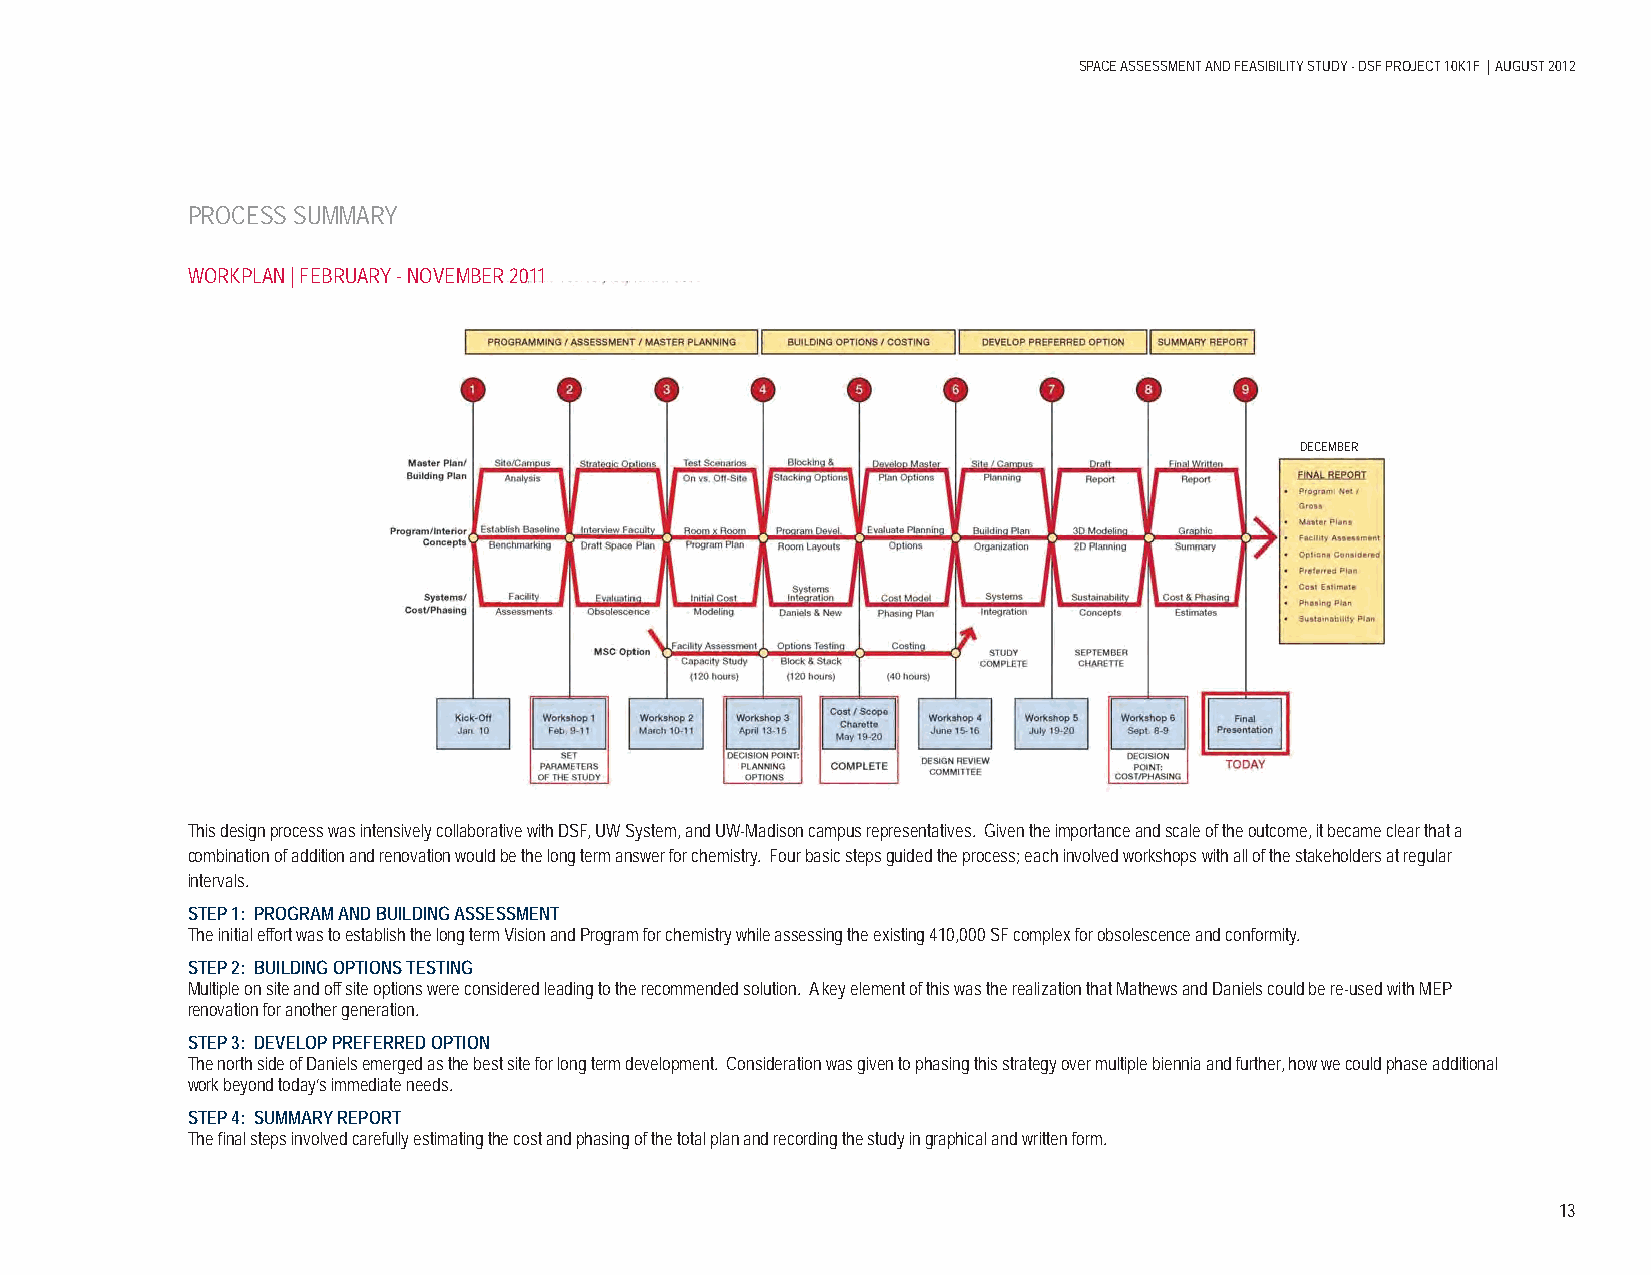
SPACE ASSESSMENT AND FEASIBILITY STUDY - DSF PROJECT 10K1F | AUGUST 2012
 PROCESS SUMMARY
 WORKPLAN | FEBRUARY - NOVEMBER 2011
 DECEMBER
 This design process was intensively collaborative with DSF, UW System, and UW-Madison campus representatives. Given the importance and scale of the outcome, it became clear that a
 combination of addition and renovation would be the long term answer for chemistry. Four basic steps guided the process; each involved workshops with all of the stakeholders at regular
 intervals.
 STEP 1: PROGRAM AND BUILDING ASSESSMENT
 The initial effort was to establish the long term Vision and Program for chemistry while assessing the existing 410,000 SF complex for obsolescence and conformity.
 STEP 2: BUILDING OPTIONS TESTING
 Multiple on site and off site options were considered leading to the recommended solution. A key element of this was the realization that Mathews and Daniels could be re-used with MEP
 renovation for another generation.
 STEP 3: DEVELOP PREFERRED OPTION
 The north side of Daniels emerged as the best site for long term development. Consideration was given to phasing this strategy over multiple biennia and further, how we could phase additional
 work beyond today’s immediate needs.
 STEP 4: SUMMARY REPORT
 The fi nal steps involved carefully estimating the cost and phasing of the total plan and recording the study in graphical and written form.
 13